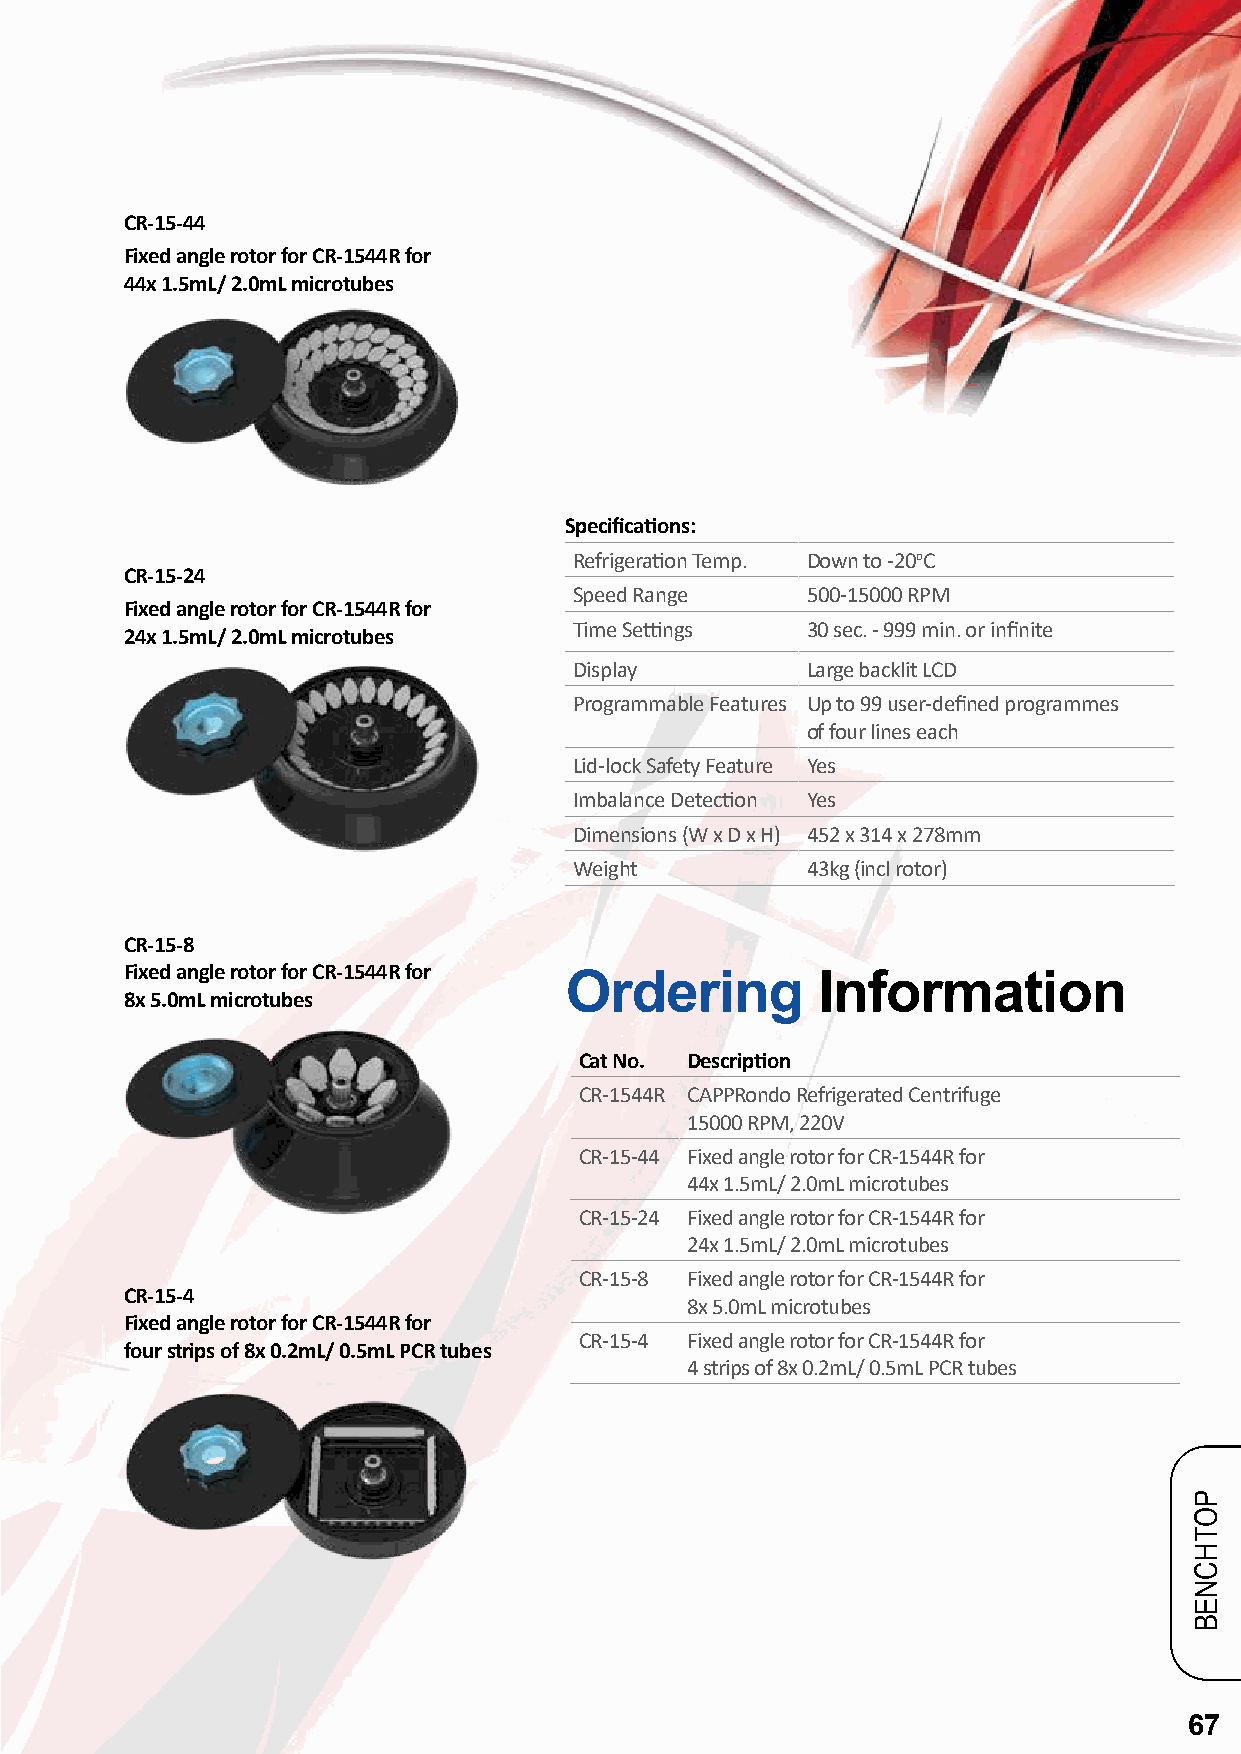
CR-15-44
 Fixed angle rotor for CR-1544R for
 44x 1.5mL/ 2.0mL microtubes
 Specifications:
 Refrigeration Temp. Down to -20oC
 CR-15-24
 Speed Range    500-15000 RPM
 Fixed angle rotor for CR-1544R for
 Time Settings  30 sec. - 999 min. or infinite
 24x 1.5mL/ 2.0mL microtubes
 Display        Large backlit LCD
 Programmable Features Up to 99 user-defined programmes
 of four lines each
 Lid-lock Safety Feature Yes
 Imbalance Detection Yes
 Dimensions (W x D x H) 452 x 314 x 278mm
 Weight         43kg (incl rotor)
 CR-15-8
 Fixed angle rotor for CR-1544R for
 Ordering         Information
 8x 5.0mL microtubes
 Cat No. Description
 CR-1544R CAPPRondo Refrigerated Centrifuge
 15000 RPM, 220V
 CR-15-44 Fixed angle rotor for CR-1544R for
 44x 1.5mL/ 2.0mL microtubes
 CR-15-24 Fixed angle rotor for CR-1544R for
 24x 1.5mL/ 2.0mL microtubes
 CR-15-8 Fixed angle rotor for CR-1544R for
 CR-15-4
 8x 5.0mL microtubes
 Fixed angle rotor for CR-1544R for
 CR-15-4 Fixed angle rotor for CR-1544R for
 four strips of 8x 0.2mL/ 0.5mL PCR tubes
 4 strips of 8x 0.2mL/ 0.5mL PCR tubes
 67
 POTHCNEB